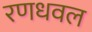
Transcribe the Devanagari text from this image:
रणधवल